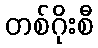
တစ်ဂိုးစီ